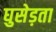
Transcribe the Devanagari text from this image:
घुसेड़ता